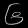
Digit: ၆